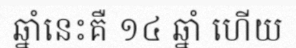
ឆ្នាំនេះគឺ ១៤ ឆ្នាំ ហើយ